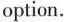
option.